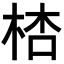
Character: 𣒙